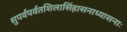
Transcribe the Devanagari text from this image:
सुपर्वपर्वतशिलासिंहासनाध्यासनाः